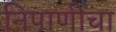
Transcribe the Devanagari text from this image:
निपाणीचा